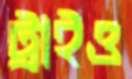
ট্রাইও